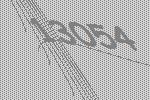
13054